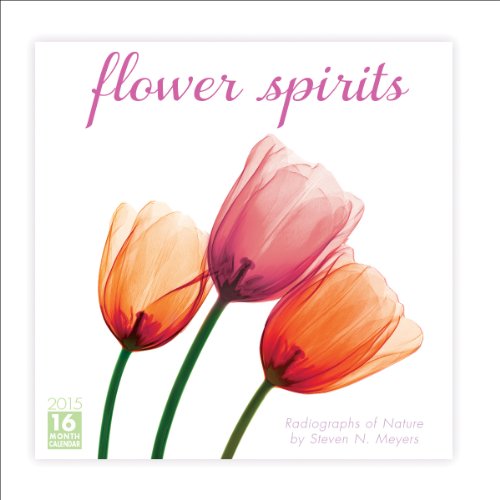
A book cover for Flower Spirits; Radiographs of Nature 2015 Wall Calendar; Sellers Publishing Inc; Calendars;